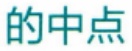
的中点